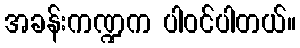
အခန်းကဏ္ဍက ပါဝင်ပါတယ်။